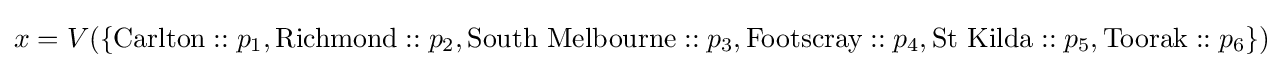
x=V(\{{\text{Carlton}}::p_{1},{\text{Richmond}}::p_{2},{\text{South Melbourne}}::p_{3},{\text{Footscray}}::p_{4},{\text{St Kilda}}::p_{5},{\text{Toorak}}::p_{6}\})